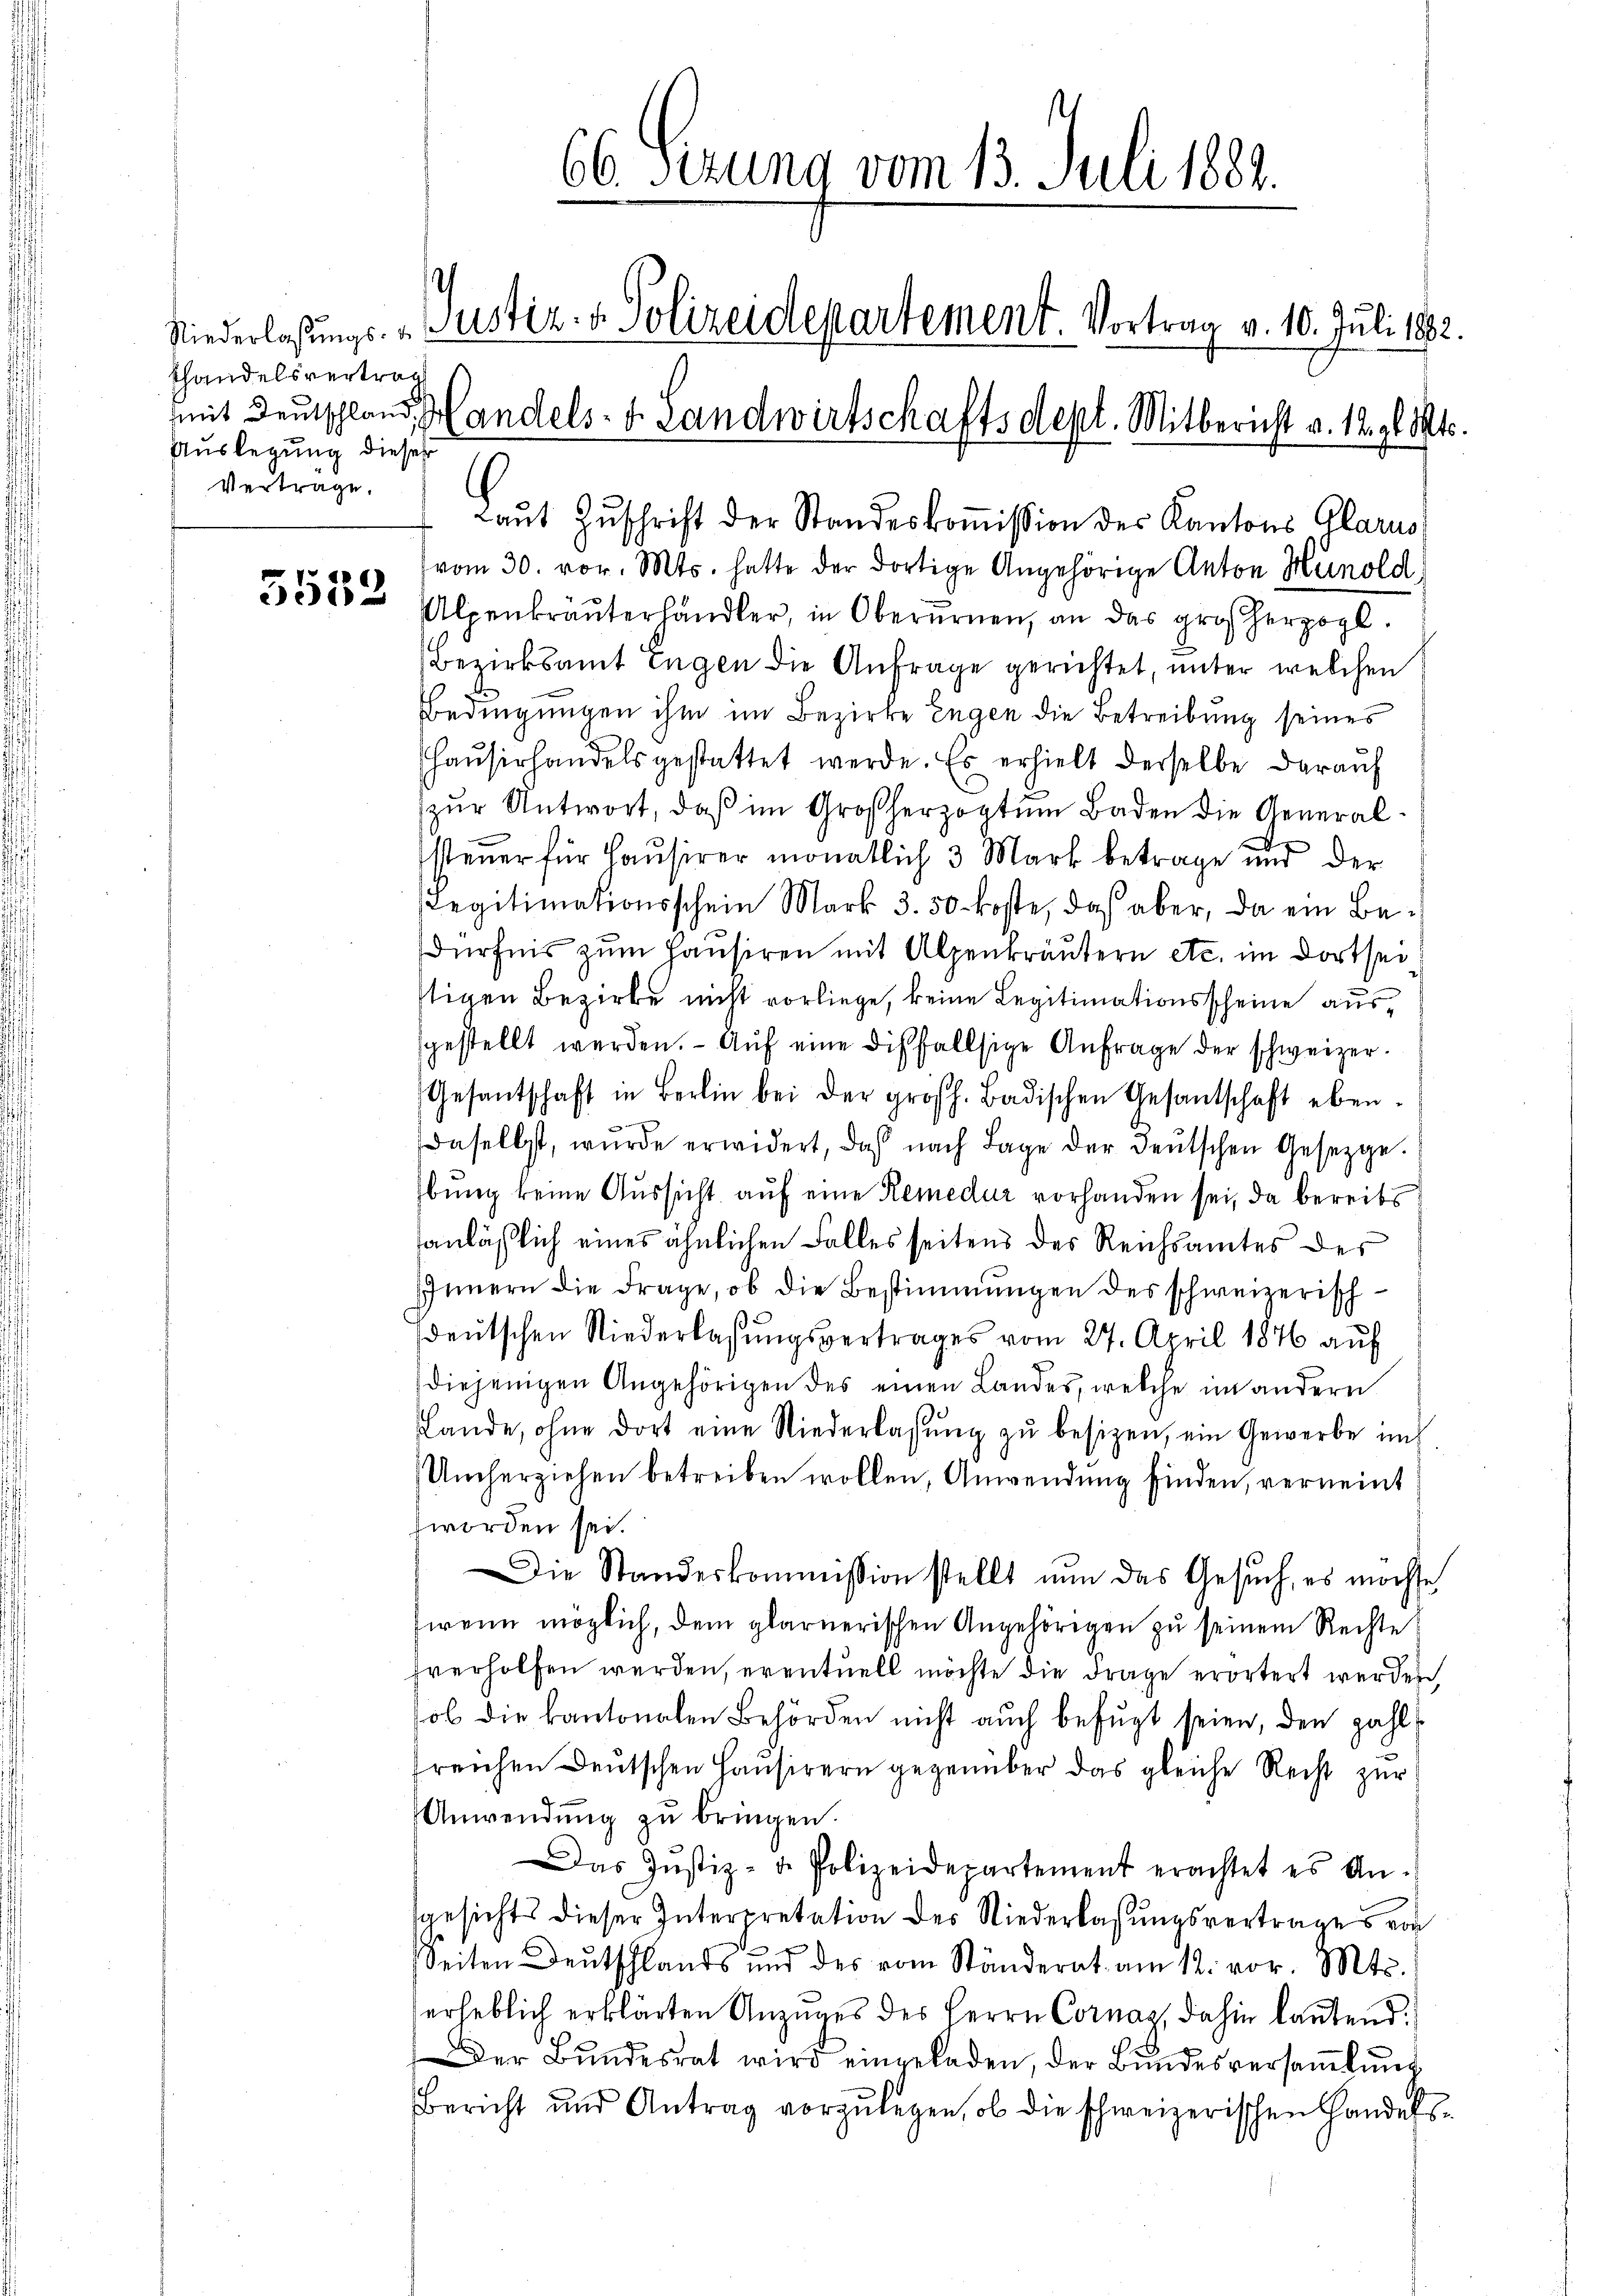
Hhandelsvertrag
Auslegung dieses
Vertrage.

7
5552

66. Serung vom 13. Juli 1881.
Niederlaßungs- u. Justiz- u. Polizeidepartement. Vortrag v. 10. Juli 1892.
mit Deutschland, andels- & Landwirtschaftsdept. Mitbericht v. 12. gl. Mts.

Laut Zuschrift der Standeskomission des Kantons Glarus
vom 30. vor. Mts. hatte der dortige Angehörige Anton Hünold
Alpenkräuterhändler, in Oberurnen, an das großherzogl.
Bezirksamt Eugen die Anfrage gerichtet, unter welchen
Bedingungen ihm im Bezirke Engen die Betreibung seines
haŭserhandelsgestattet werde. Es erhielt derselbe darauf
zur Antwort, daß im Großherzogtum Baden die Generald
steuer für Haŭsirer monatlich 3 Mark betrage und der
Legitimationsschein Mark 3.50 koste, daß aber, da ein Bedürfnis zum Hausiren mit Alpenkräutern etc. im dortsei
stigen Bezirke nicht vorliege, keine Legitimationsscheine ausgestellt werden. Aŭf eine disfallsige Anfrage der schweizer.
Gesantschaft in Berlin bei der großh. Badischen Gesantschaft eben-
daselbst, wurde erwidert, daß nach Lage der deŭtschen Gesetzge
bung keine Aussicht auf eine Remedur vorhanden sei, da bereits
anläßlich eines ähnlichen Falles seitens des Reichsamtes des
IInnern die Frage, ob die Bestimmungen des schweizerisch-
sdeutschen Niederlaßungsvertrages vom 27. April 1846 auf
diejenigen Angehörigen des einen Landes, welche im andern
Lande, ohne dort eine Niederlassŭng zŭ besizen, ein Gewerbe in
Umherziehen betreiben wollen, Anwendung finden, verneint
worden sei.
Die Standeskommission stellt nŭn das Gesŭch, es möchte
wenn möglich, dem glarnerischen Angehörigen zu seinem Rechte
hverholfen werden, eventuell möchte die Frage erörtert werden,
sol die kantonalen Behörden nicht auch befugt seien, den zahlsreichen Deutschen Hausirern gegenüber das gleiche Recht zur
Anwendung zu bringen.
Das Justiz-de Polizeidepartement erachtet es An-
gesichts dieser Interpretation des Niederlaßungsvertrages von
Seiten Deutschlands und des vom Ständerat am 12. vor. Mts.
erheblich erklärten Anzuges des Herrn Cornaz, dahin lautend.
Der Bŭndesrat wird eingeladen, der Bŭndesversaṁlŭng
Bericht und Antrag vorzulegen, ob die schweizerischen Handels¬